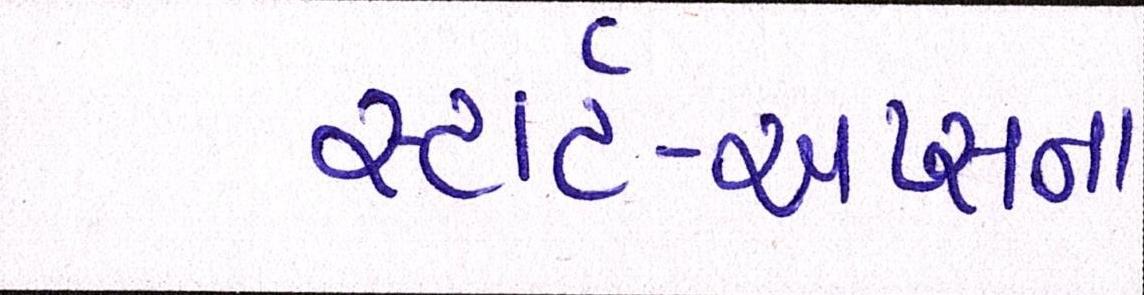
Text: સ્ટાર્ટ-અપ્સના